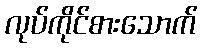
လုပ်ကိုင်စားသောက်